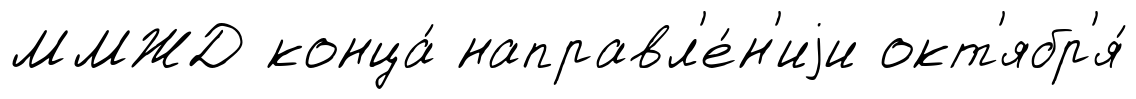
ММЖД конца́ направл'е́н'иjи окт'ябр'я́